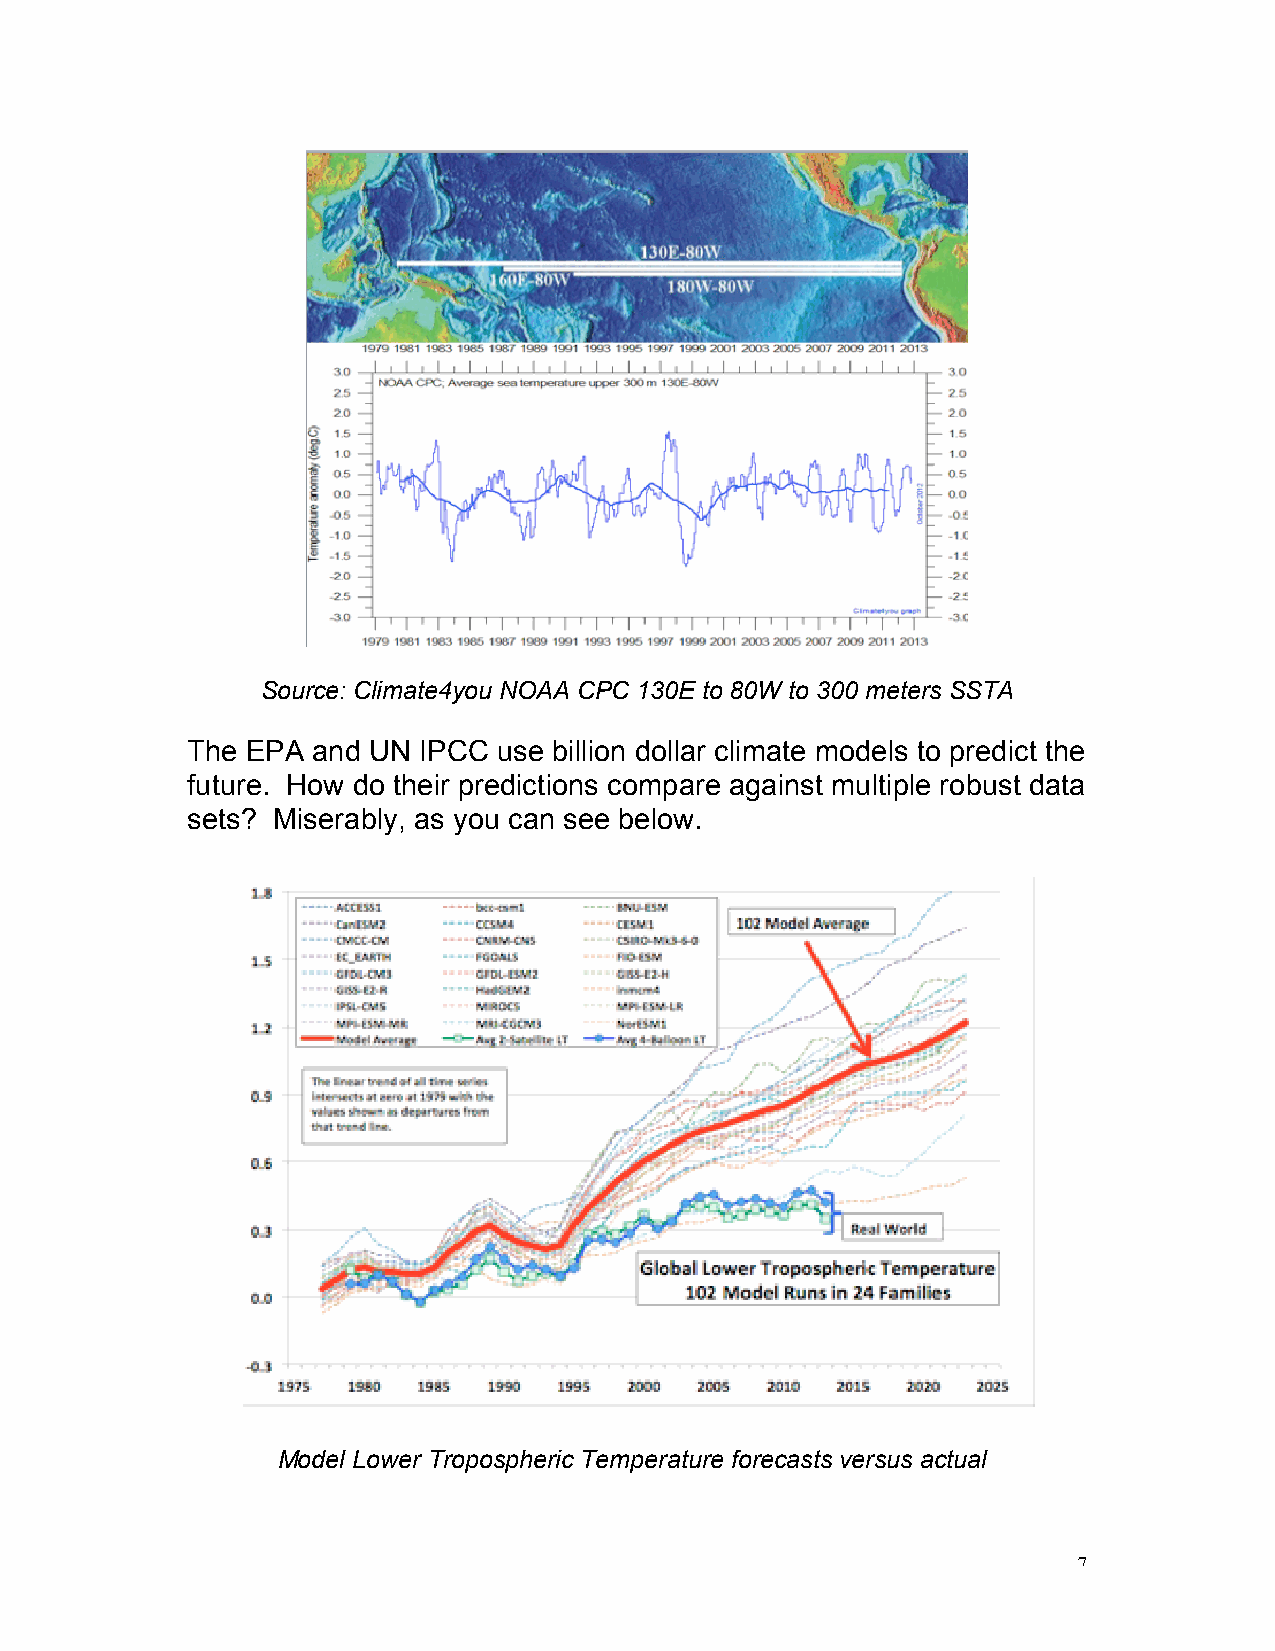
Source: Climate4you NOAA CPC 130E to 80W to 300 meters SSTA
 The EPA  and UN IPCC use billion dollar climate models to predict the
 future. How do their predictions compare against multiple robust data
 sets? Miserably, as you can see below.
 Model Lower Tropospheric Temperature forecasts versus actual
 7